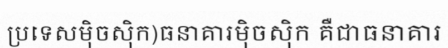
ប្រទេសម៉ិចស៊ិក)ធនាគារម៉ិចស៊ិក គឺជាធនាគារ